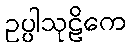
ဥပ္ပါသုဠိကေ